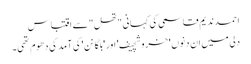
احمد ندیم قاسمی کی کہانی "تھل" سے اقتباس
دلی میں ان دنوں 'خروشچیف' اور 'بلگانن' کی آمد کی دھوم تھی۔